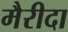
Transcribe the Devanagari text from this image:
मैरीदा